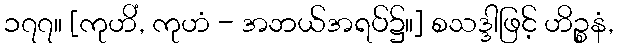
၁၇၇။ [ကုဟိံ, ကုဟံ - အဘယ်အရပ်၌။] စသဒ္ဒါဖြင့် ဟိဉ္စနံ,